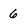
Character: 6